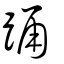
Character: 踴